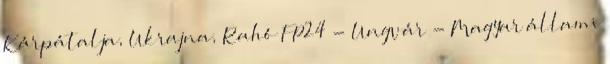
Kárpátalja, Ukrajna, Rahó FP24 - Ungvár - Magyar állami